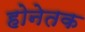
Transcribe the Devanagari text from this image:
होनेतक